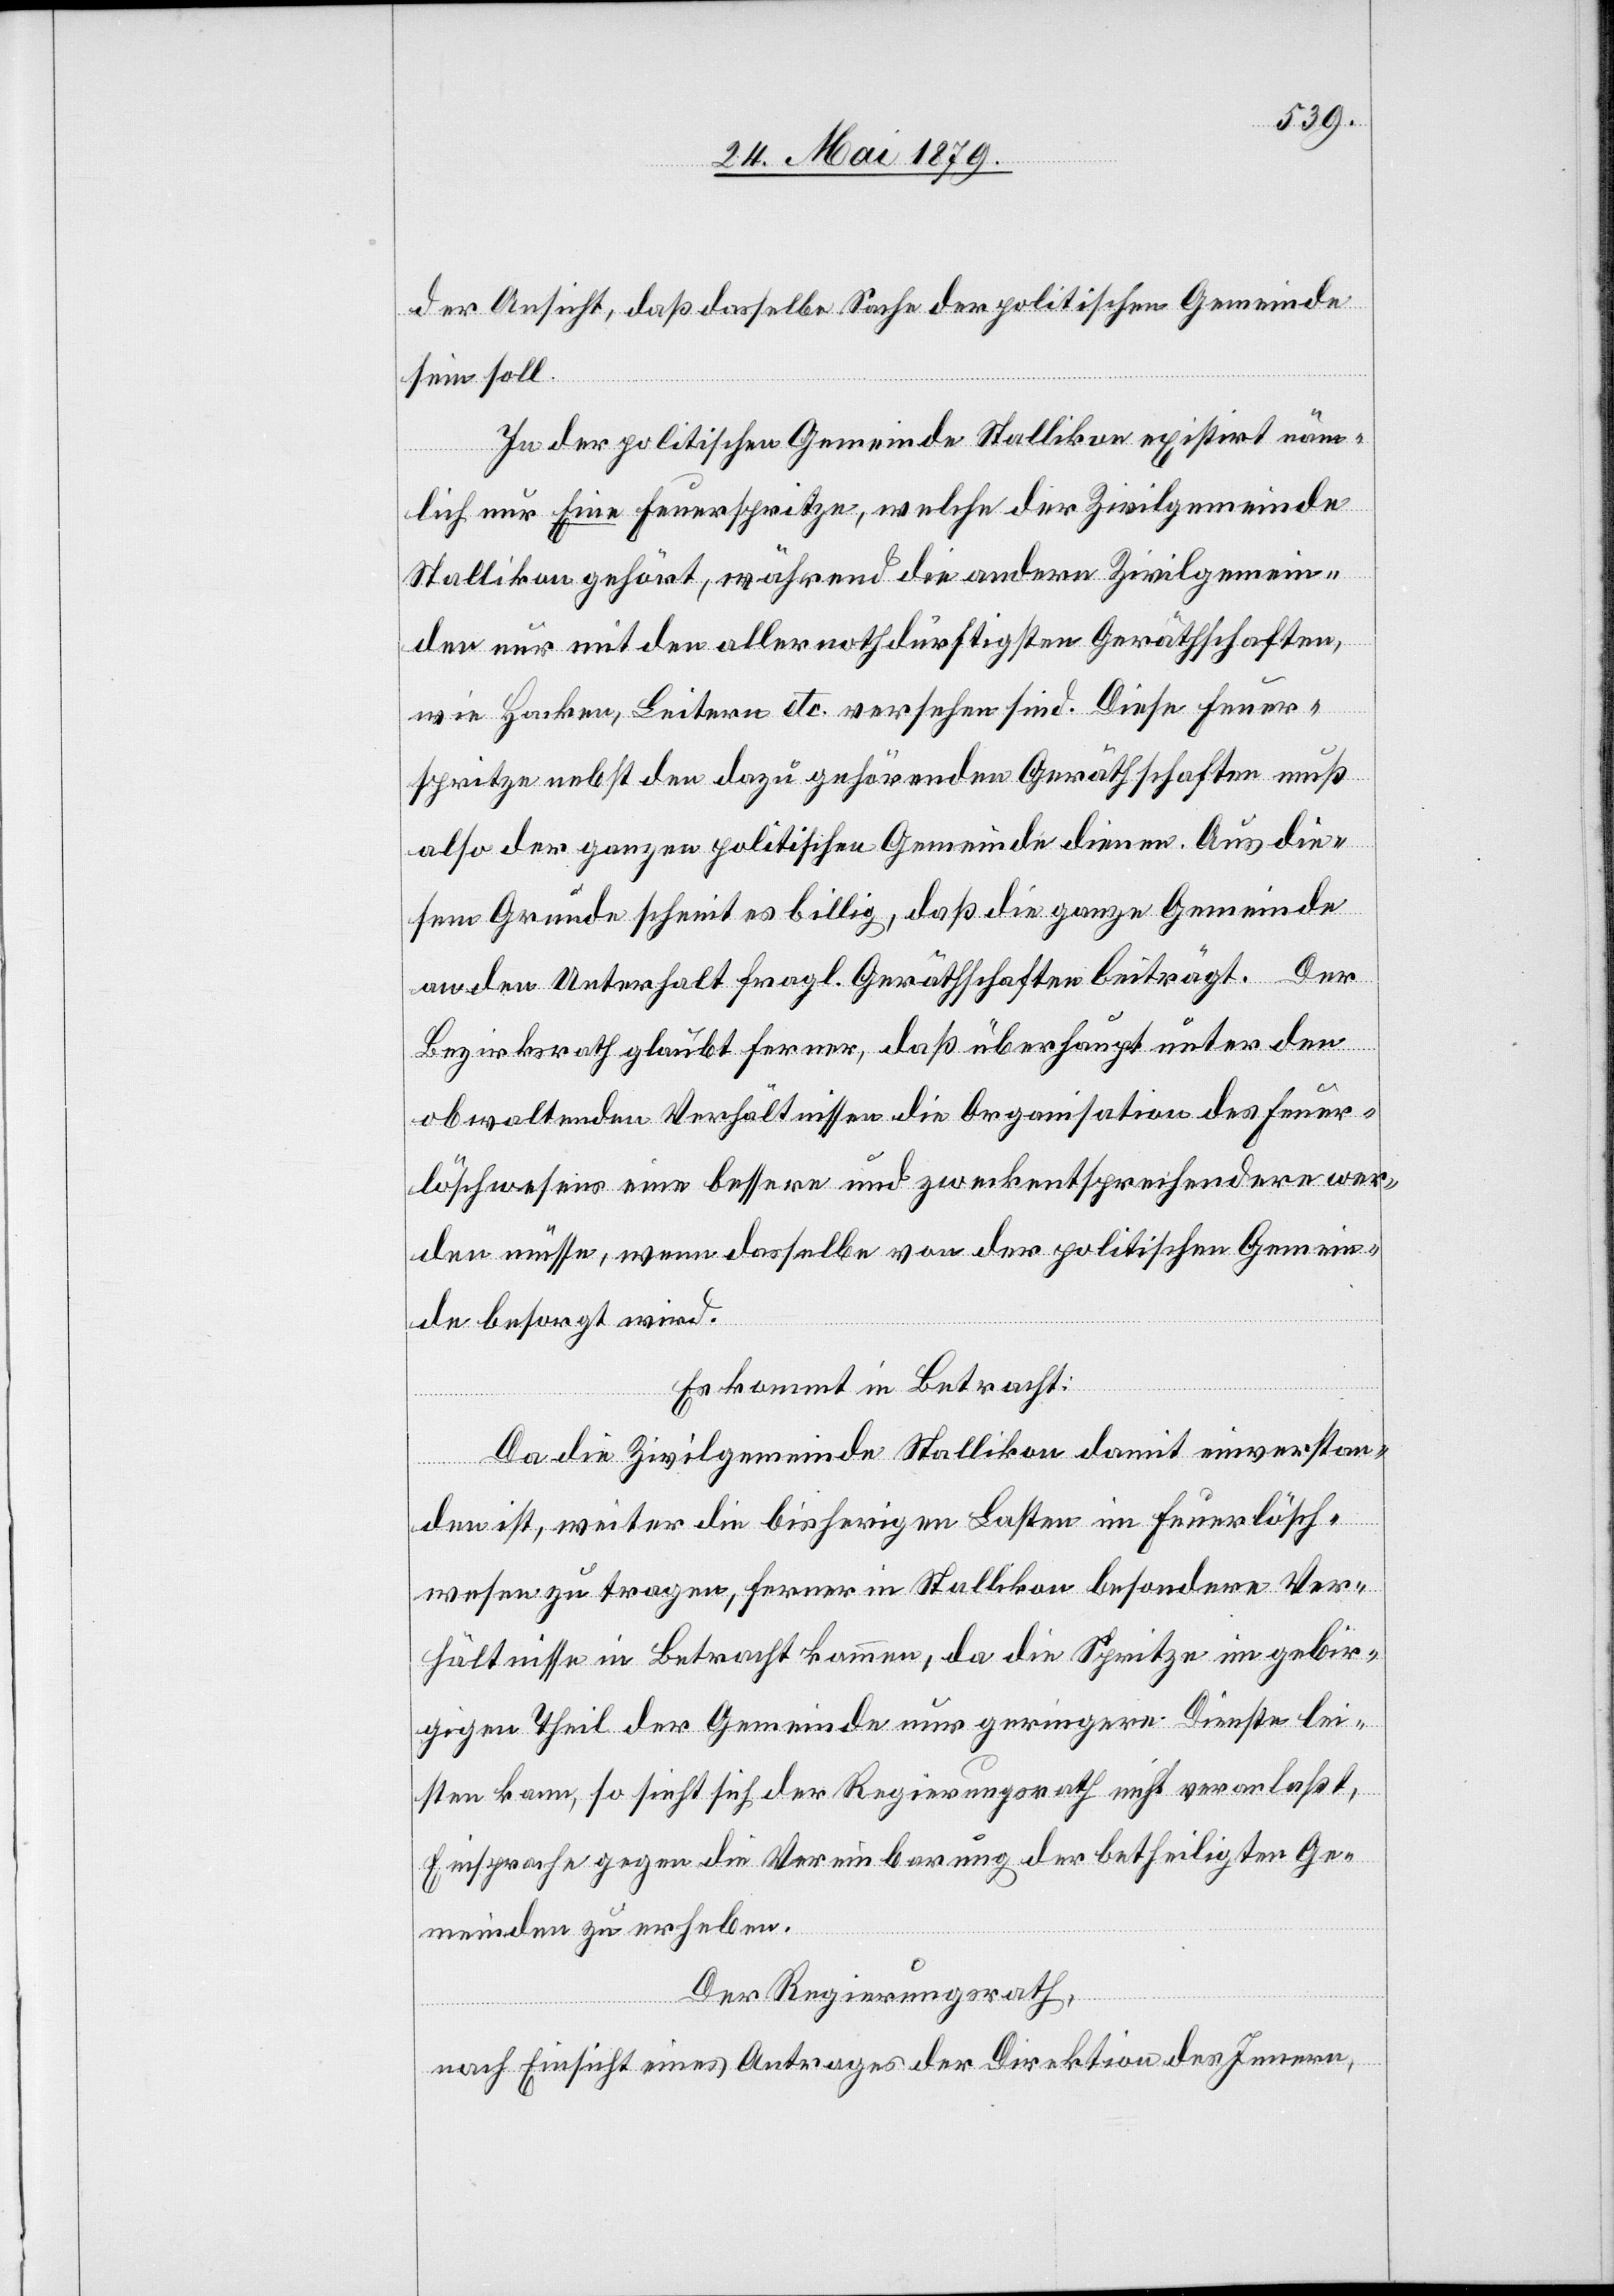
der Ansicht, daß dasselbe Sache der politischen Gemeinde
sein soll.
In der politischen Gemeinde Stallikon existirt näm¬
lich nur Eine Feuerspritze, welche der Zivilgemeinde
Stallikon gehört, während die andern Zivilgemein¬
den nur mit den allernothdürftigsten Geräthschaften,
wie Hacken, Leitern etc. versehen sind. Diese Feuer¬
spritze nebst den dazu gehörenden Geräthschaften muß
also der ganzen politischen Gemeinde dienen. Aus die¬
sem Grunde scheint es billig, daß die ganze Gemeinde
an den Unterhalt fragl. Geräthschaften beiträgt. Der
Bezirksrath glaubt ferner, daß überhaupt unter den
obwaltenden Verhältnissen die Organisation des Feuer¬
löschwesens eine bessere und zweckentsprechendere wer¬
den müsse, wenn dasselbe von der politischen Gemein¬
de besorgt wird.
Es kommt in Betracht:
Da die Zivilgemeinde Stallikon damit einverstan¬
den ist, weiter die bisherigen Lasten im Feuerlösch¬
wesen zu tragen, ferner in Stallikon besondere Ver¬
hältnisse in Betracht kommen, da die Spritze im gebir¬
gigen Theil der Gemeinde nur geringere Dienste lei¬
sten kann, so sieht sich der Regierungsrath nicht veranlaßt,
Einsprache gegen die Vereinbarung der betheiligten Ge¬
meinden zu erheben.
Der Regierungsrath,
nach Einsicht eines Antrages der Direktion des Innern,